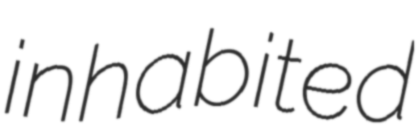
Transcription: inhabited